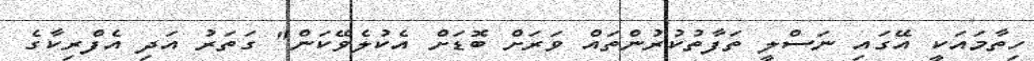
ހިތާމައަކީ އޭގައި ނަސްލީ ތަފާތުކުރުންތައް ވަރަށް ބޮޑަށް އެކުލެވޭކަން" ގަތަރު އަދި އެފްރިކާގެ